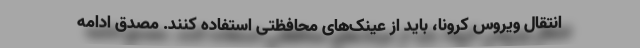
انتقال ویروس کرونا، باید از عینک‌های محافظتی استفاده کنند. مصدق ادامه